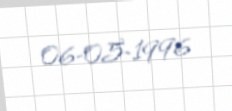
06-05-1996